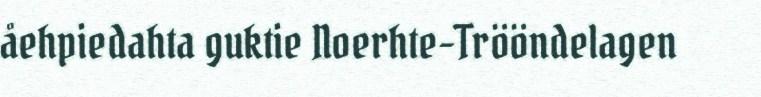
åehpiedahta guktie Noerhte-Trööndelagen